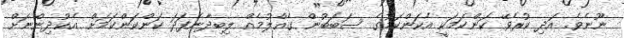
ނޫނެވެ. އަދި ކުރެވޭ ކަންކަމަކީ އެކަންކަމުގެ ސަބަބުން ގެއްލުމެއް ލިބިދާނެފަދަ ކަންކަންކަމަށް އެކުދިންނަށް